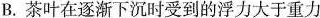
B.茶叶在逐渐下沉时受到的浮力大于重力